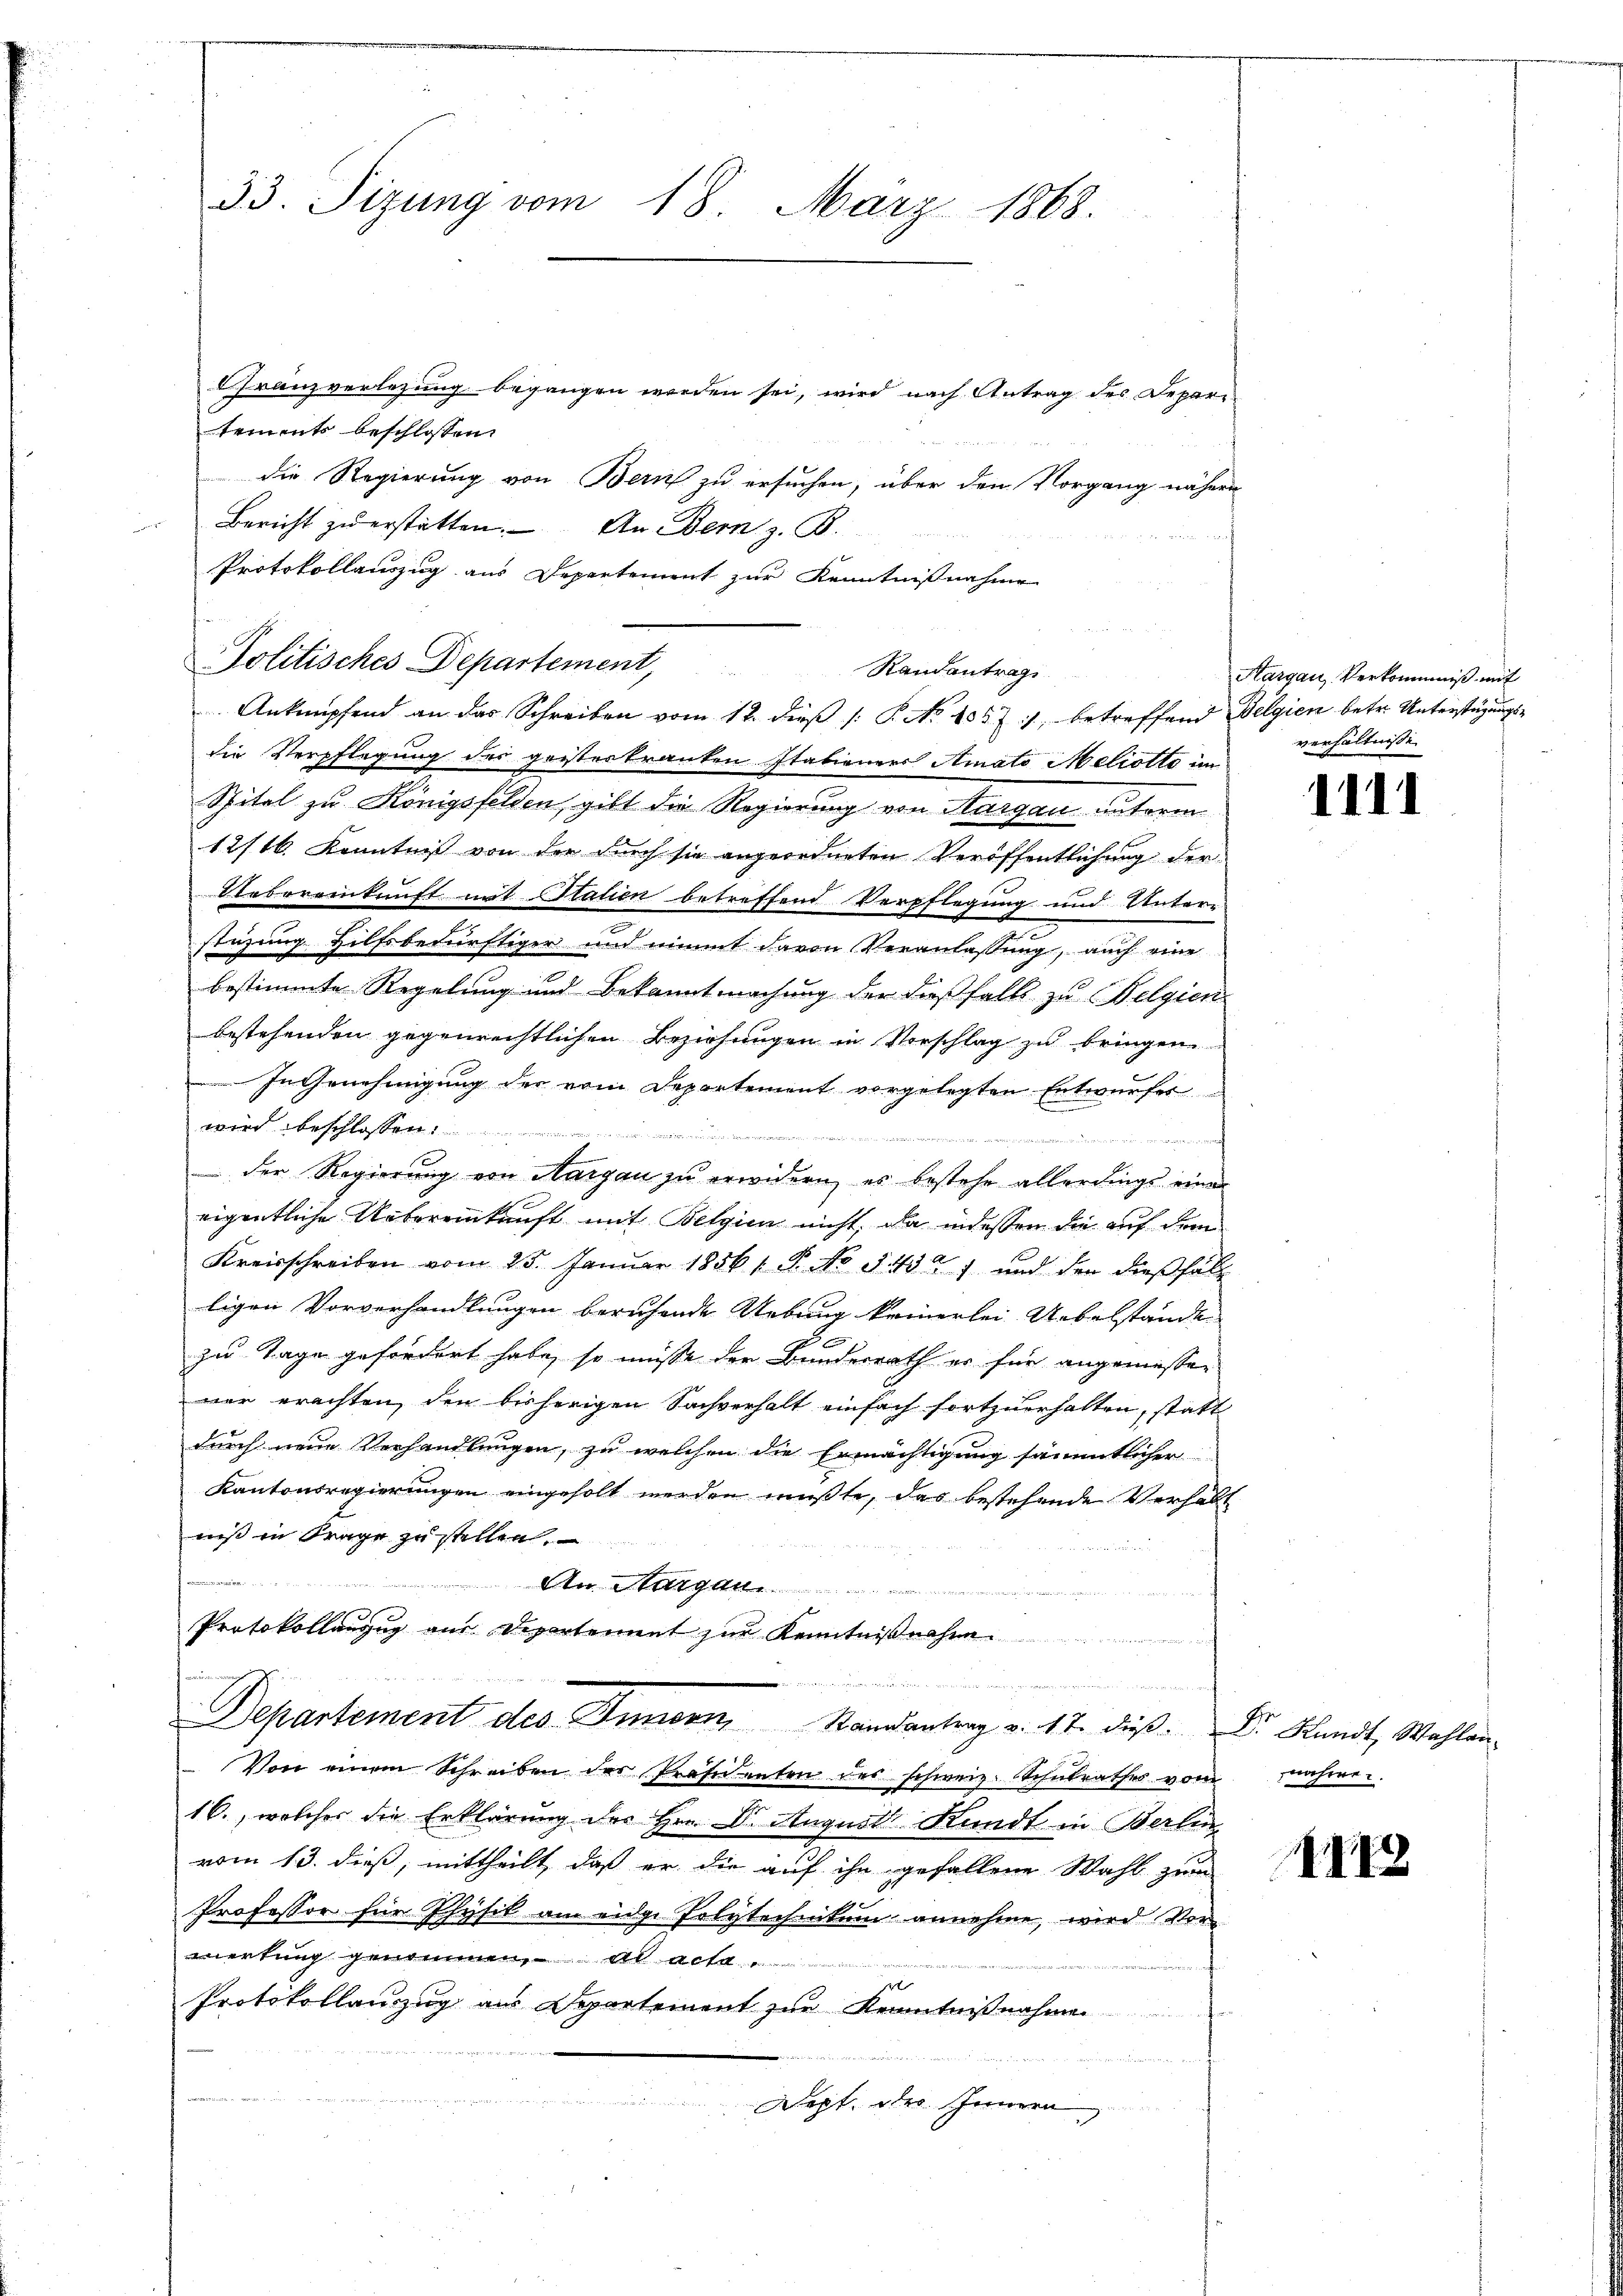
Granzverlegung begangen werden sei, wird nach Antrag des Depari
tements beschlossen
die Regierung von Bern zu ersuchen, über den Vorgang nähere
Bericht zŭ erstatten. An Bern z. B.
Protokollauszug aus Departement zur Kenntnißnahme
Politisches Departement,
die Verpflegung des geistertrauten Italieners Amato Meliotto im
Spital zu Königsfelden, gibt die Regierung von Margau unterm
12/16. Kenntniß von der durch sie angeordneten Veröffentlichung der
Uebereinkunft mit Italien betreffend Verpflegung und Unterstüzung Hilfsbedürftiger und nimmt davon Veranlassung, auch eine
bestimmte Regelung und Bekanntmachung der dießfalls zu Belgien
bestehenden gegenrechtlichen Beziehungen in Vorschlag zu bringen
In Genehmigung der vom Departement vorgelegten Entwurfer
wird beschlossen:

ve Stern
der Regierung von Margau zu erwidern, es bestehe allerdings eine
eigentliche Uebereinkunft mit Belgien nicht, da indessen die auf dem
Kreisschreiben vom 25. Januar 18561. P. No 54527 und den dießfäll
ligen Vorverhandlungen beruhende Uebung keinerlei Uebelstände
zu Tage gefordert habe, so müsse der Bundesrath er für angemessen
mer erachten, den bisherigen Sachverhalt einfach fortzuerhalten, statt
durch neue Verhandlungen, zu welchen die Ermächtigung sämmtlicher
Kantonsregierungen eingeholt werden mußte, das bestehende Verhält
niß in Frage zu stellen.
e
An Thurgau.
e
Protokollanzug aus Departement zur Kenntni
52

Departement des Innern, Randantrag v. 17. dieβ. Dr. Hundt, Wahlen-
 Von einem Schreiben des Professenten des schweiz. Schulrathes vom Jahren.
16., welcher die Erklärung der Hrn. Dr. August Kundt in Berlin
vom 13. dieß, mittheilt, daß er die auf ihn gefallene Wahl zum
Professor für Physik am eidge Polytechnikum annehme, wird Vorwertung genommen, ad acta
Protokollauszug aus Departement zur Kenntnißnahme
Dept, des Innern,

33. Sizung vom 18. März 1868.

Randantrag
Anknüpfend an das Schreiben vom 12. dieβ /: P. No 1037 :/ betreffend Belgien betr. Unterstüzungs¬

Hargau, Verkommniß mit
verhältnisse

1111

1412